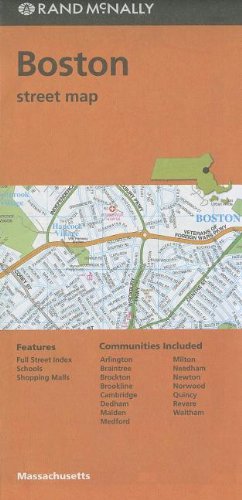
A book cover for Rand McNally Folded Map: Boston Street Map; Rand McNally; Travel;